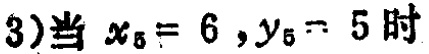
(3)当 \(x_{5}=6,y_{5}=5\) 时